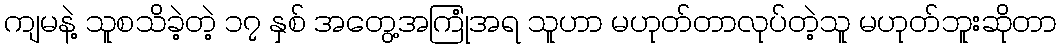
ကျမနဲ့ သူစသိခဲ့တဲ့ ၁၇ နှစ် အတွေ့အကြုံအရ သူဟာ မဟုတ်တာလုပ်တဲ့သူ မဟုတ်ဘူးဆိုတာ